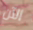
الآن